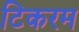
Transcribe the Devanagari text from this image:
टिकरम